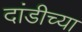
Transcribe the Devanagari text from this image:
दांडीच्या